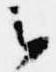
云